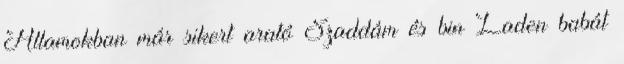
Államokban már sikert arató Szaddám és bin Laden babát